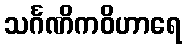
သင်္ဂဏိကဝိဟာရေ